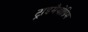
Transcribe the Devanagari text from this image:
ट्राइमैथोप्रिम